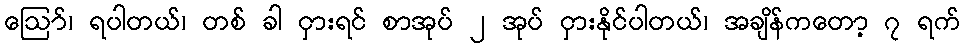
ဪ၊ ရပါတယ်၊ တစ် ခါ ငှားရင် စာအုပ် ၂ အုပ် ငှားနိုင်ပါတယ်၊ အချိန်ကတော့ ၇ ရက်